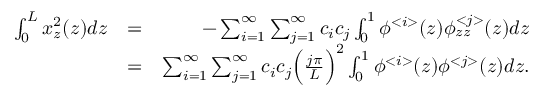
\begin{array} { r l r } { \int _ { 0 } ^ { L } x _ { z } ^ { 2 } ( z ) d z } & { = } & { - \sum _ { i = 1 } ^ { \infty } \sum _ { j = 1 } ^ { \infty } c _ { i } c _ { j } \int _ { 0 } ^ { 1 } \phi ^ { < i > } ( z ) \phi _ { z z } ^ { < j > } ( z ) d z } \\ & { = } & { \sum _ { i = 1 } ^ { \infty } \sum _ { j = 1 } ^ { \infty } c _ { i } c _ { j } \Big ( \frac { j \pi } { L } \Big ) ^ { 2 } \int _ { 0 } ^ { 1 } \phi ^ { < i > } ( z ) \phi ^ { < j > } ( z ) d z . } \end{array}